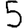
Digit: 5